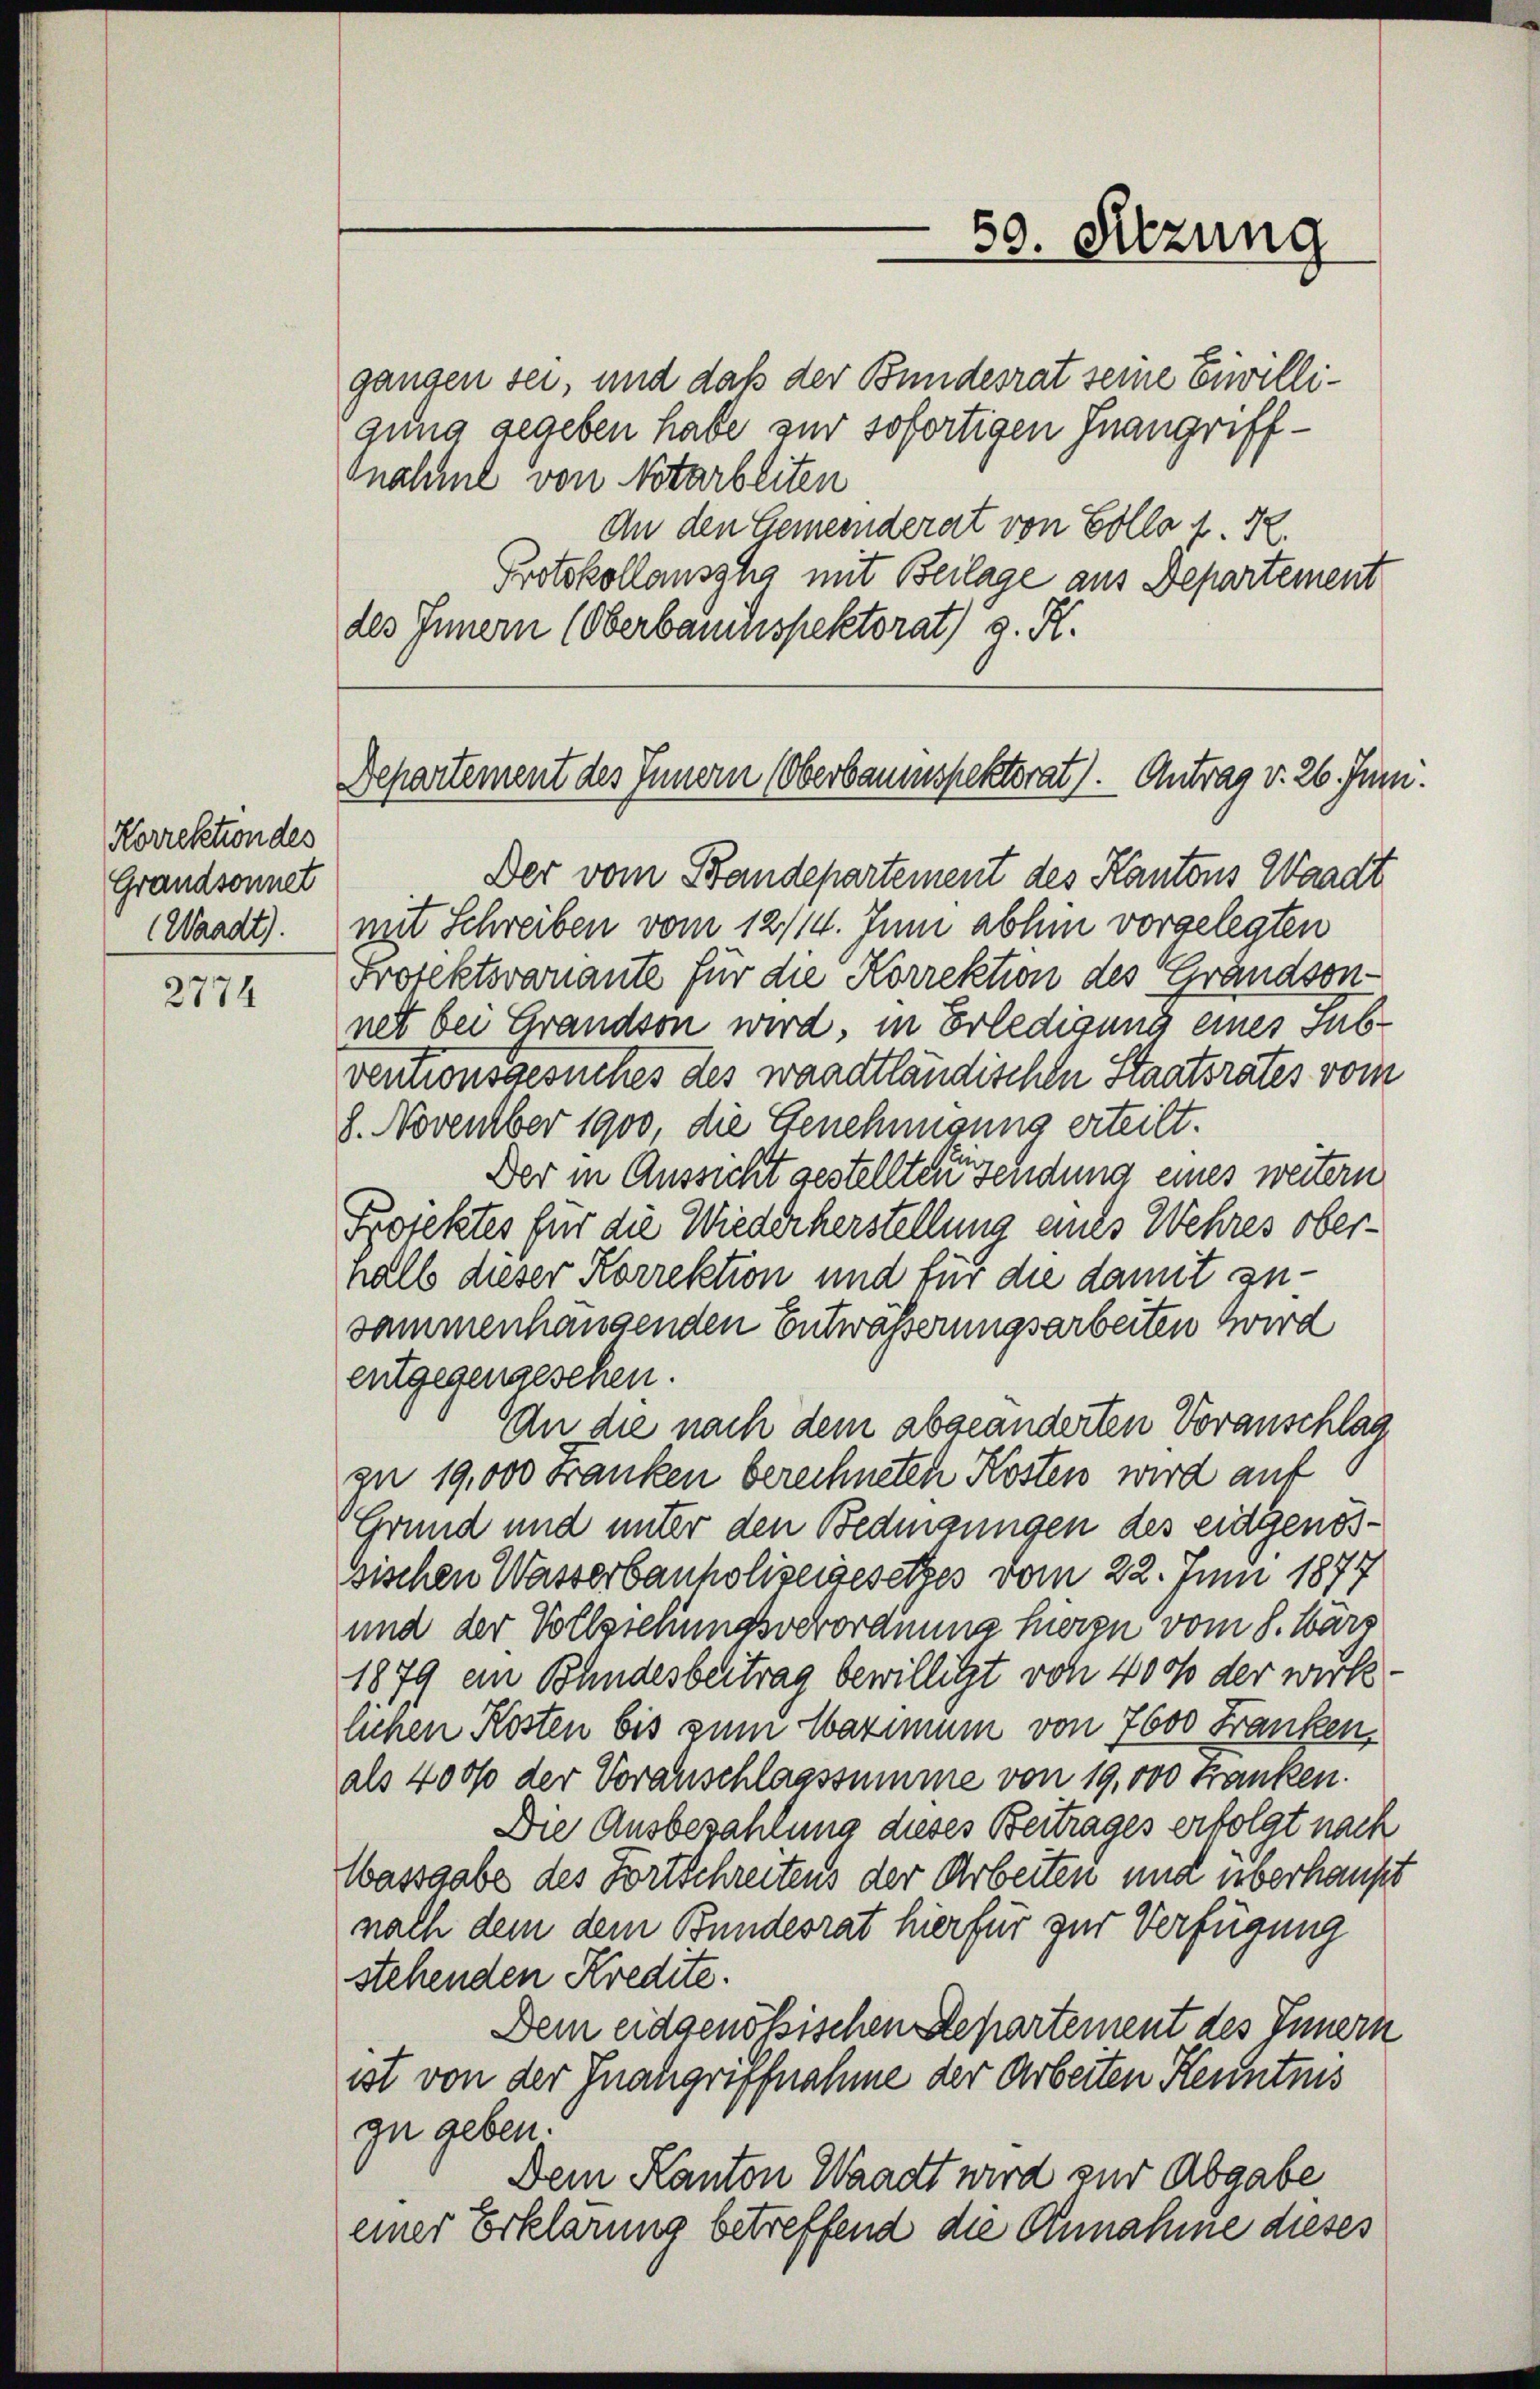
Korrektion des
Grandsonnet
(Waadt).

2774

gangen sei, und daß der Bundesrat seine Eiwilligung gegeben habe zur sofortigen Inangriffnahme von Notarbeiten
An den Gemeinderat von Collau 12.
Protokollansgho mit Beilage aus Departement
des Innern (Oberbauinspektorat) z. R.

Der vom Bandepartement des Kantons Waadt
mit Schreiben vom 12/14. Juni abhin vorgelegten
Profektovaniante für die Korrektion des Grandsonnet bei Grandson wird, in Erledigung eines sub
ventionsgesuches des waadtländischen Staatsrates vom
8. November 1900 die Genehmigung erteilt.
Der in Aussicht gestellten sendung eines weitern
Profektes für die Wiederherstellung eines Wehres obernall dieser Korrektion und für die damit zusammenhangenden Entwässerungsarbeiten wird
entgegengesehen.
An die nach dem abgeänderten Voranschlag
zu 19,000 Franken berechneten Kosten wird auf
(Grund und unter den Bedmanngen des eidgenössischen Wasserbauholizeigesetzes vom 22. Juni 1877
und der Vollziehungsverordnung hieren vom 8. März
1879 ein Bundesbeitrag bewilligt von 400 der wirke.
lichen Kosten bis zum Maximum von 7600 Franken.
als 4000 der Voranschlagssumme von 19,000 Franken.
Die Ausbezahlung dieses Beitrages erfolgt nach
Wassgabe des Fortschreitens der Arbeiten und überhaupt
nach dem dem Bundesrat hierfür zur Verfügung
stehenden Kredite.
Dem eidgenößischen Departement des Innern
ist von der Inangriffnahme der Arbeiten Kenntnis
zu geben.
Dem Kanton Waadt wird zur Abgabe
einer Erklärung betreffend die Annahme dieses

59. Sitzung

Departement des Innern (Oberbaumspektorat). Antrag v. 26. Juni.